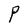
Character: P